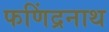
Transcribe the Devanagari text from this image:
फणिंद्रनाथ